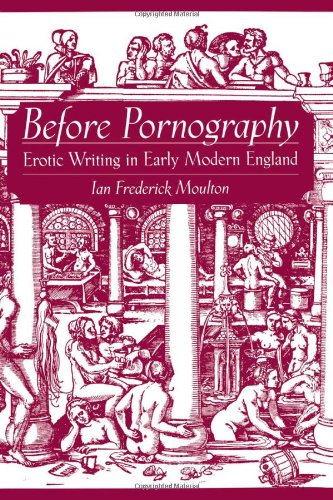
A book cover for Before Pornography: Erotic Writing in Early Modern England (Studies in the History of Sexuality); Ian Frederick Moulton; Politics & Social Sciences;